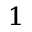
^ { 1 }